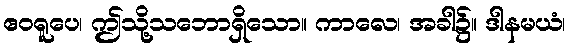
ဧဝရူပေ၊ ဤသို့သဘောရှိသော။ ကာလေ၊ အခါ၌။ ဒါနမယံ၊